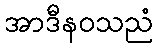
အာဒီနဝသညံ